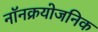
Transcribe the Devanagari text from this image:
नॉनक्रयोजनिक